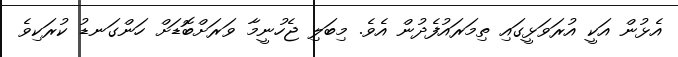
އެޅުން އަކީ އުރަވަޅީގައި ތިމަރައުފެދުން އެވެ. މިބަލި ޖެހުނީމާ ވަރަށްބޮޑަށް ހަންގަނޑު ކުރަކިވެ